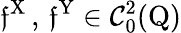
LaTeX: \mathfrak{f}^{\mathrm{{X}}}\, ,\, \mathfrak{f}^{\mathrm{{Y}}}\in\mathcal{{C}}_{0}^{2}(\mathrm{{Q}})